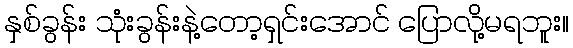
နှစ်ခွန်း သုံးခွန်းနဲ့တော့ရှင်းအောင် ပြောလို့မရဘူး။